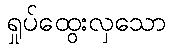
ရှုပ်ထွေးလှသော